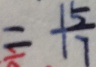
= \frac { 1 5 } { 1 7 }